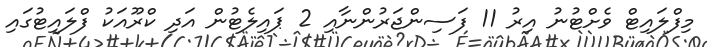
މިފްލައިޓް ވެށްޓުނު އިރު 11 ފަސިންޖަރުންނާއި 2 ޕައިލެޓުން އަދި ކްރޫއަކު ފްލައިޓުގައި